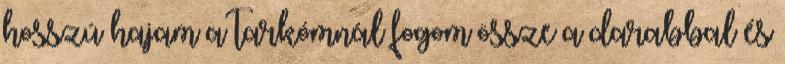
hosszú hajam a tarkómnál fogom össze a darabbal és